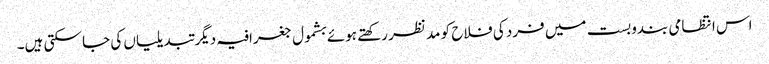
اس انتظامی بندوبست میں فرد کی فلاح کو مد نظر رکھتے ہوئے بشمول جغرافیہ دیگر تبدیلیاں کی جا سکتی ہیں۔